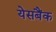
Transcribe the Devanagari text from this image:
येसबैंक